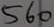
Text: 560